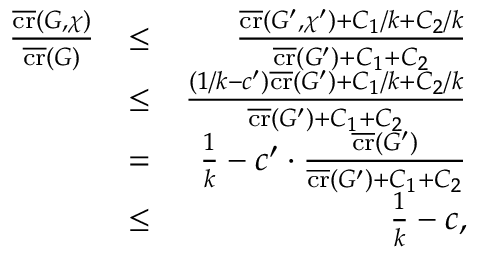
\begin{array} { r l r } { \frac { \overline { { \operatorname { c r } } } ( G , \chi ) } { \overline { { \operatorname { c r } } } ( G ) } } & { \le } & { \frac { \overline { { \operatorname { c r } } } ( G ^ { \prime } , \chi ^ { \prime } ) + C _ { 1 } / k + C _ { 2 } / k } { \overline { { \operatorname { c r } } } ( G ^ { \prime } ) + C _ { 1 } + C _ { 2 } } } \\ & { \le } & { \frac { ( 1 / k - c ^ { \prime } ) \overline { { \operatorname { c r } } } ( G ^ { \prime } ) + C _ { 1 } / k + C _ { 2 } / k } { \overline { { \operatorname { c r } } } ( G ^ { \prime } ) + C _ { 1 } + C _ { 2 } } } \\ & { = } & { \frac { 1 } { k } - c ^ { \prime } \cdot \frac { \overline { { \operatorname { c r } } } ( G ^ { \prime } ) } { \overline { { \operatorname { c r } } } ( G ^ { \prime } ) + C _ { 1 } + C _ { 2 } } } \\ & { \le } & { \frac { 1 } { k } - c , } \end{array}